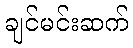
ချင်မင်းဆက်